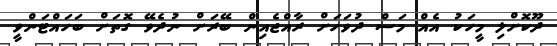
ދޫކޮށްލި މީހަކު އެއް މަސް ދުވަހަށް ރާއްޖެއިން ބޭރަށް ނުދެވޭ ގޮތަށް ބަހައްޓަންވީ